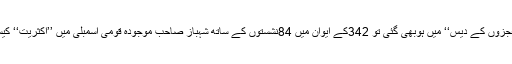
’’انہونی‘‘ مگر ’’معجزوں کے دیس‘‘ میں ہوبھی گئی تو 342کے ایوان میں 84نشستوں کے ساتھ شہباز صاحب موجودہ قومی اسمبلی میں ’’اکثریت‘‘ کیسے دکھاپائیں گے؟